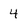
Character: 4